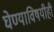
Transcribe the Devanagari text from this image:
घेण्याविषयीही